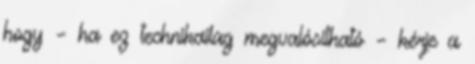
hogy – ha ez technikailag megvalósítható – kérje a